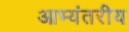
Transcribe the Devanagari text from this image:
आभ्यंतरीय